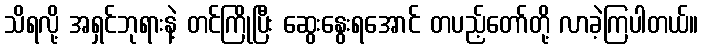
သိရလို့ အရှင်ဘုရားနဲ့ တင်ကြိုပြီး ဆွေးနွေးရအောင် တပည့်တော်တို့ လာခဲ့ကြပါတယ်။